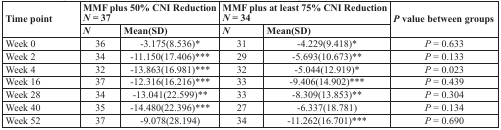
<table><thead><tr><td rowspan="2"><b>Time point</b></td><td colspan="2"><b>MMF plus 50% CNI Reduction <i>N</i> = 37</b></td><td colspan="2"><b>MMF plus at least 75% CNI Reduction <i>N</i> = 34</b></td><td rowspan="2"><b><i>P</i> value between groups</b></td></tr><tr><td><b><i>N</i></b></td><td><b>Mean(SD)</b></td><td><b><i>N</i></b></td><td><b>Mean(SD)</b></td></tr></thead><tbody><tr><td>Week 0</td><td>36</td><td>−3.175(8.536)*</td><td>31</td><td>−4.229(9.418)*</td><td><i>P</i> = 0.633</td></tr><tr><td>Week 2</td><td>34</td><td>−11.150(17.406)***</td><td>29</td><td>−5.693(10.673)**</td><td><i>P</i> = 0.133</td></tr><tr><td>Week 4</td><td>32</td><td>−13.863(16.981)***</td><td>32</td><td>−5.044(12.919)*</td><td><i>P</i> = 0.023</td></tr><tr><td>Week 16</td><td>37</td><td>−12.316(16.216)***</td><td>33</td><td>−9.406(14.902)***</td><td><i>P</i> = 0.439</td></tr><tr><td>Week 28</td><td>34</td><td>−13.041(22.599)**</td><td>33</td><td>−8.309(13.853)**</td><td><i>P</i> = 0.304</td></tr><tr><td>Week 40</td><td>35</td><td>−14.480(22.396)***</td><td>27</td><td>−6.337(18.781)</td><td><i>P</i> = 0.134</td></tr><tr><td>Week 52</td><td>37</td><td>−9.078(28.194)</td><td>34</td><td>−11.262(16.701)***</td><td><i>P</i> = 0.690</td></tr></tbody></table>